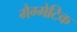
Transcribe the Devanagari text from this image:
मैग्मेटिक